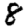
Digit: 8